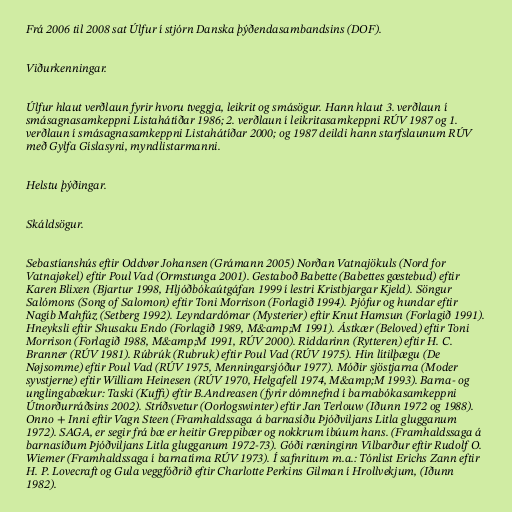
Frá 2006 til 2008 sat Úlfur í stjórn Danska þýðendasambandsins (DOF).

Viðurkenningar.

Úlfur hlaut verðlaun fyrir hvoru tveggja, leikrit og smásögur. Hann hlaut 3. verðlaun í
smásagnasamkeppni Listahátíðar 1986; 2. verðlaun í leikritasamkeppni RÚV 1987 og 1.
verðlaun í smásagnasamkeppni Listahátíðar 2000; og 1987 deildi hann starfslaunum RÚV
með Gylfa Gíslasyni, myndlistarmanni.

Helstu þýðingar.

Skáldsögur.

Sebastíanshús eftir Oddvør Johansen (Grámann 2005) Norðan Vatnajökuls (Nord for
Vatnajøkel) eftir Poul Vad (Ormstunga 2001). Gestaboð Babette (Babettes gæstebud) eftir
Karen Blixen (Bjartur 1998, Hljóðbókaútgáfan 1999 í lestri Kristbjargar Kjeld). Söngur
Salómons (Song of Salomon) eftir Toni Morrison (Forlagið 1994). Þjófur og hundar eftir
Nagíb Mahfúz (Setberg 1992). Leyndardómar (Mysterier) eftir Knut Hamsun (Forlagið 1991).
Hneyksli eftir Shusaku Endo (Forlagið 1989, M&amp;M 1991). Ástkær (Beloved) eftir Toni
Morrison (Forlagið 1988, M&amp;M 1991, RÚV 2000). Riddarinn (Rytteren) eftir H. C.
Branner (RÚV 1981). Rúbrúk (Rubruk) eftir Poul Vad (RÚV 1975). Hin lítilþægu (De
Nøjsomme) eftir Poul Vad (RÚV 1975, Menningarsjóður 1977). Móðir sjöstjarna (Moder
syvstjerne) eftir William Heinesen (RÚV 1970, Helgafell 1974, M&amp;M 1993). Barna- og
unglingabækur: Taski (Kuffi) eftir B.Andreasen (fyrir dómnefnd í barnabókasamkeppni
Útnorðurráðsins 2002). Stríðsvetur (Oorlogswinter) eftir Jan Terlouw (Iðunn 1972 og 1988).
Onno + Inni eftir Vagn Steen (Framhaldssaga á barnasíðu Þjóðviljans Litla glugganum
1972). SAGA, er segir frá bæ er heitir Greppibær og nokkrum íbúum hans. (Framhaldssaga á
barnasíðum Þjóðviljans Litla glugganum 1972-73). Góði ræninginn Vilbarður eftir Rudolf O.
Wiemer (Framhaldssaga í barnatíma RÚV 1973). Í safnritum m.a.: Tónlist Erichs Zann eftir
H. P. Lovecraft og Gula veggfóðrið eftir Charlotte Perkins Gilman í Hrollvekjum, (Iðunn
1982).